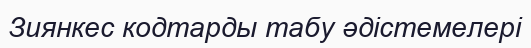
Зиянкес кодтарды табу әдістемелері